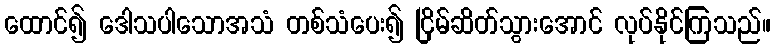
ထောင်၍ ဒေါသပါသောအသံ တစ်သံပေး၍ ငြိမ်ဆိတ်သွားအောင် လုပ်နိုင်ကြသည်။